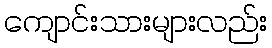
ကျောင်းသားများလည်း